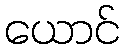
ယောင်